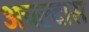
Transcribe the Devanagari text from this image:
अचल्दास